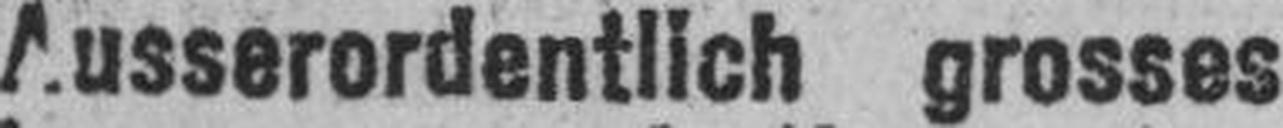
Ausserordentlich grosses